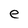
Character: e